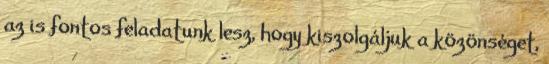
az is fontos feladatunk lesz, hogy kiszolgáljuk a közönséget,